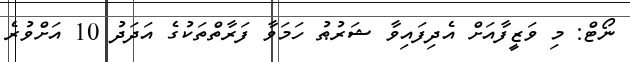
ނޯޓް: މި ވަޒީފާއަށް އެދިފައިވާ ޝަރުޠު ހަމަވާ ފަރާތްތަކުގެ އަދަދު 10 އަށްވުރެ